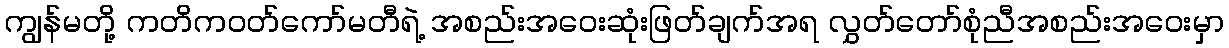
ကျွန်မတို့ ကတိကဝတ်ကော်မတီရဲ့ အစည်းအဝေးဆုံးဖြတ်ချက်အရ လွှတ်တော်စုံညီအစည်းအဝေးမှာ